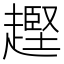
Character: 𧽡